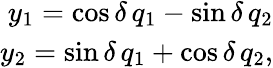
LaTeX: \begin{array}{r}{y_{1}=\cos\delta\, q_{1}-\sin\delta\, q_{2}}\\ {y_{2}=\sin\delta\, q_{1}+\cos\delta\, q_{2},}\end{array}